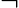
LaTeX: \neg